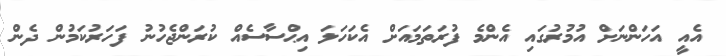
އެއީ އަހަންނަށް އުމުރުގައި އެންމެ ފުރަތަމައަށް އެކަހަލަ އިޙްސާސެއް ކުރަންޖެހުނު ފަހަރުކަމުން ދެން